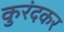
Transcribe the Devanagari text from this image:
कुरंदकर